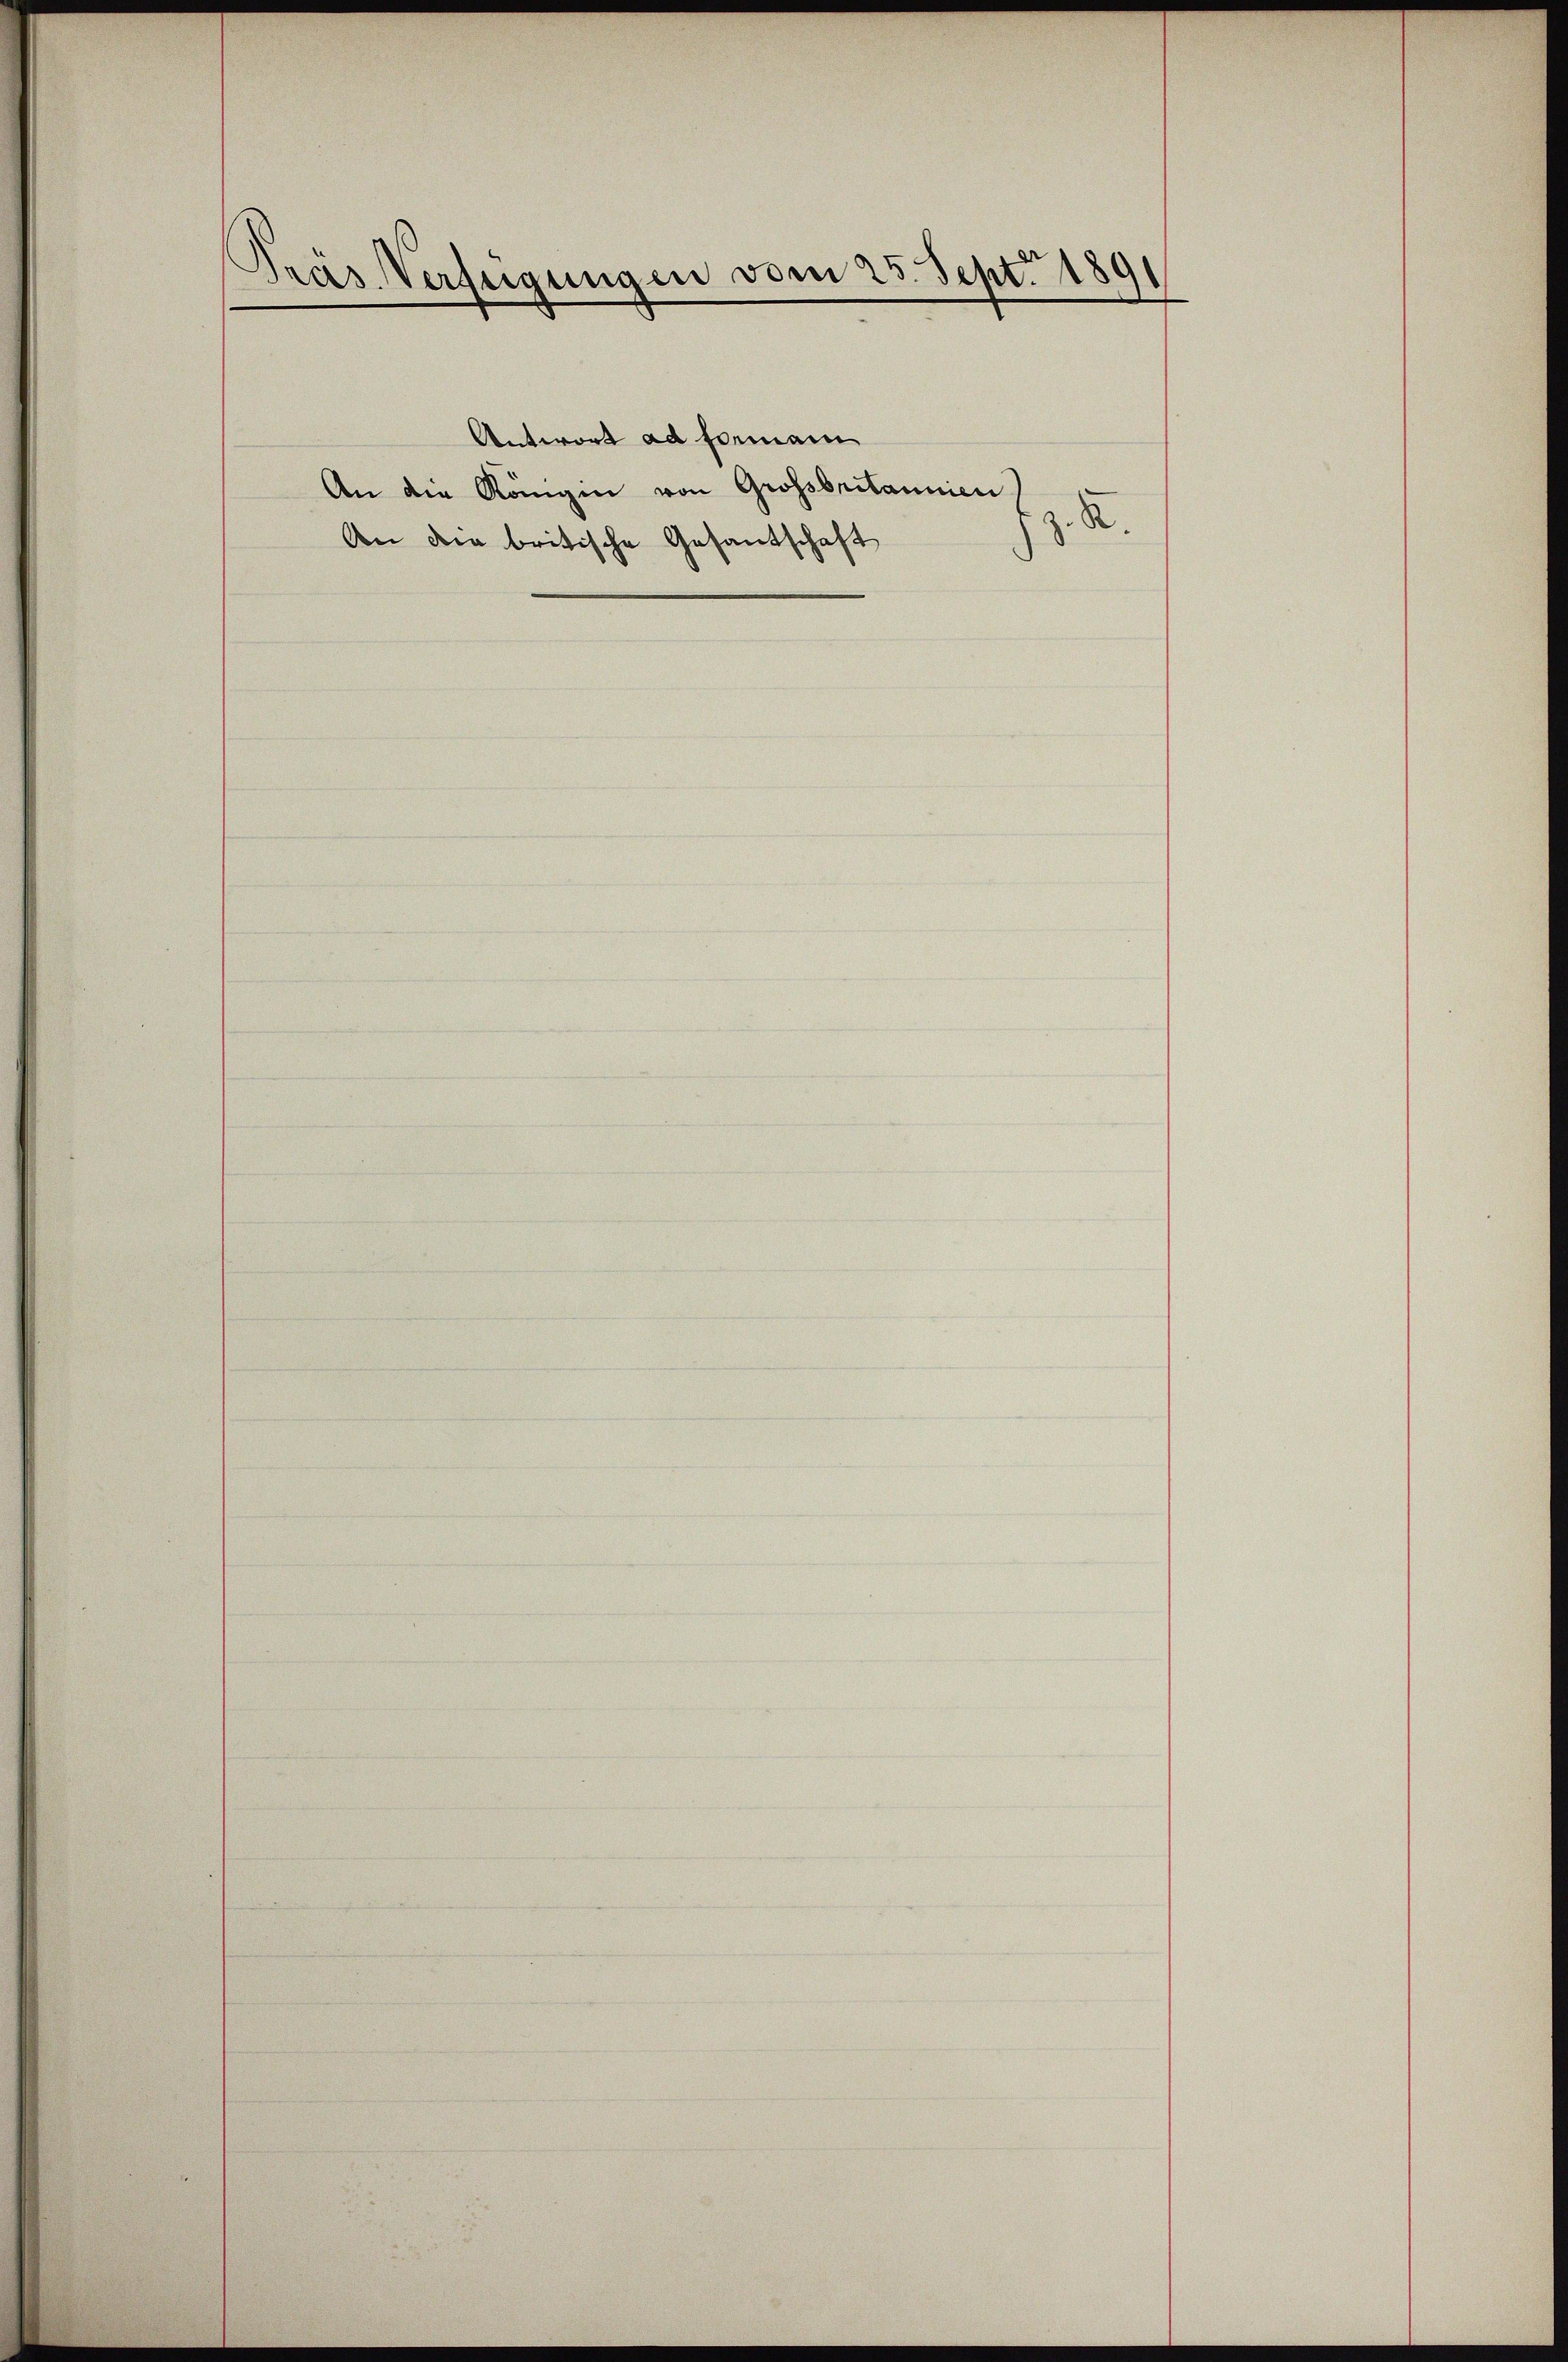
Pras Verfügungen vom 25. Sept. 1891

Antwort ad Formani
An die Königin von Grossbritannien
An die britische Gesandschaft

z. R.